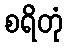
စရိတုံ